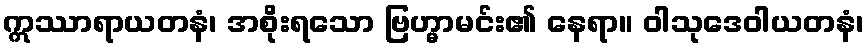
ဣဿာရာယတနံ၊ အစိုးရသော ဗြဟ္မာမင်း၏ နေရာ။ ဝါသုဒေဝါယတနံ၊